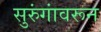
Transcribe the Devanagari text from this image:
सुरुंगांवरून